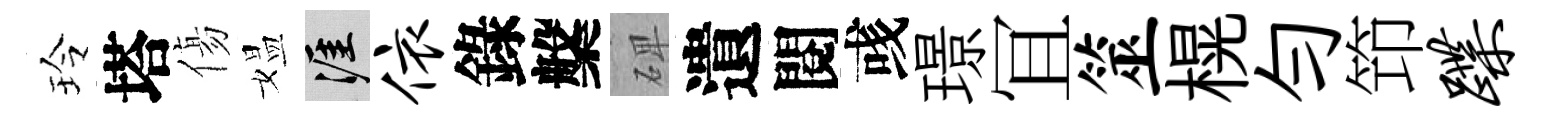
玲塔傷媪涯依錄槃𥓓遺閱彧璟冝筮榥勻笻蹀